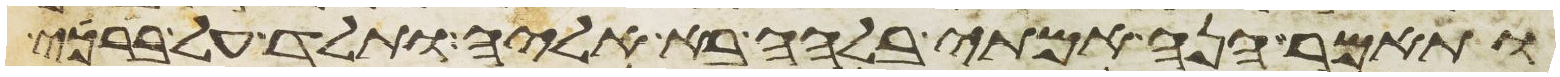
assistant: ותאמר הנה אמתי בלהה בא אליה ותלד על ברכי